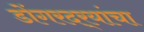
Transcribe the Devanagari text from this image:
डोंगरदर्‍यांचा